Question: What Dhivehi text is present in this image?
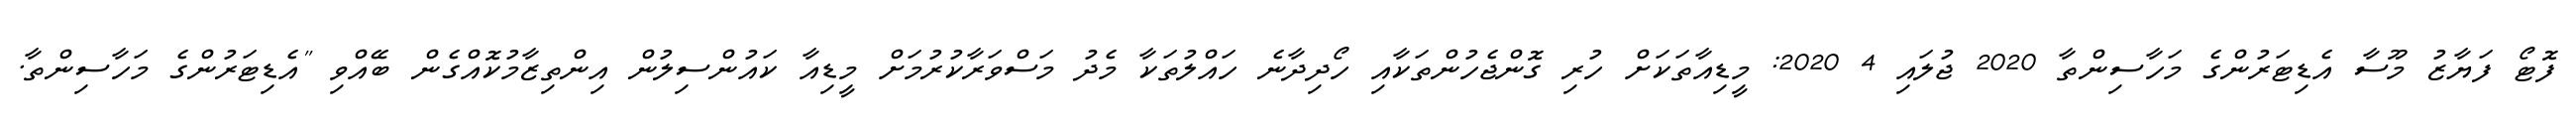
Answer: ފޮޓޯ ފަޔާޒު މޫސާ އެޑިޓަރުންގެ މަހާސިންތާ 2020 ޖުލައި 4 2020: މީޑިއާތަކަށް ހުރި ގޮންޖެހުންތަކާއި ހޯދިދާނެ ހައްލުތަކާ މެދު މަސްވަރާކުރުމަށް މީޑިއާ ކައުންސިލުން އިންތިޒާމުކޮއްގެން ބޭއްވި "އެޑިޓަރުންގެ މަހާސިންތާ.